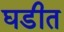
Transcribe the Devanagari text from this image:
घडीत